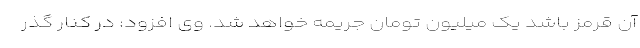
آن قرمز باشد یک میلیون تومان جریمه خواهد شد. وی افزود: در کنار گذر